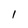
Character: 1